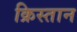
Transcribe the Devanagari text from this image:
क्रिस्तान